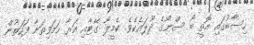
ހިސާބުގައި އޮތީ ބޯ ސްނޯގެ ދޫލައެކެވެ. ކެމީލާ ގޭޓާއި އަރާ ހަމަވިތަނާ ފަހަތުން